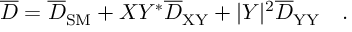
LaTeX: \overline { { { D } } } = \overline { { { D } } } _ { \mathrm { S M } } + X Y ^ { * } \overline { { { D } } } _ { \mathrm { X Y } } + | Y | ^ { 2 } \overline { { { D } } } _ { \mathrm { Y Y } } \quad .